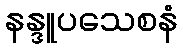
နန္ဒူပသေစနံ